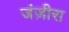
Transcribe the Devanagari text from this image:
जंज़ीरा